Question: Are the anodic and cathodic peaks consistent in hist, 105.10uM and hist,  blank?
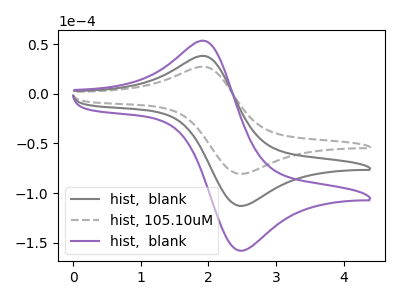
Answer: <think>The gray curve "hist,  blank" has an anodic peak at (1.95V, 37.90uA) and a cathodic peak at (2.45V, -113.05uA). The gray dashed curve "hist, 105.10uM" has an anodic peak at (1.95V, 27.05uA) and a cathodic peak at (2.45V, -80.80uA). The purple curve "hist,  blank" has an anodic peak at (1.95V, 75.75uA) and a cathodic peak at (2.45V, -226.10uA).</think>
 <answer>Yes, "hist, 105.10uM" have a peak in "hist,  blank" at the same potential.</answer>
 <eval>match</eval>